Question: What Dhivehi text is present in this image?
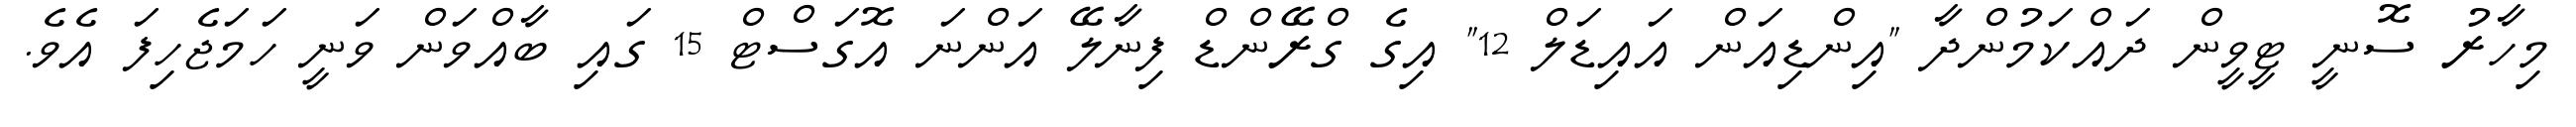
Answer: މިހާރު ސޮނީ ޓީވީން ދައްކަމުންދާ "އިންޑިއަން އައިޑަލް 12" އިގެ ގްރޭންޑް ފިނާލޭ އަންނަ އޮގަސްޓް 15 ގައި ބާއްވަން ވަނީ ހަމަޖެހިފަ އެވެ.